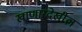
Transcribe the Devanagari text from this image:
खाणारदेखील